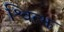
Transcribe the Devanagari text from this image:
श्वित्झ